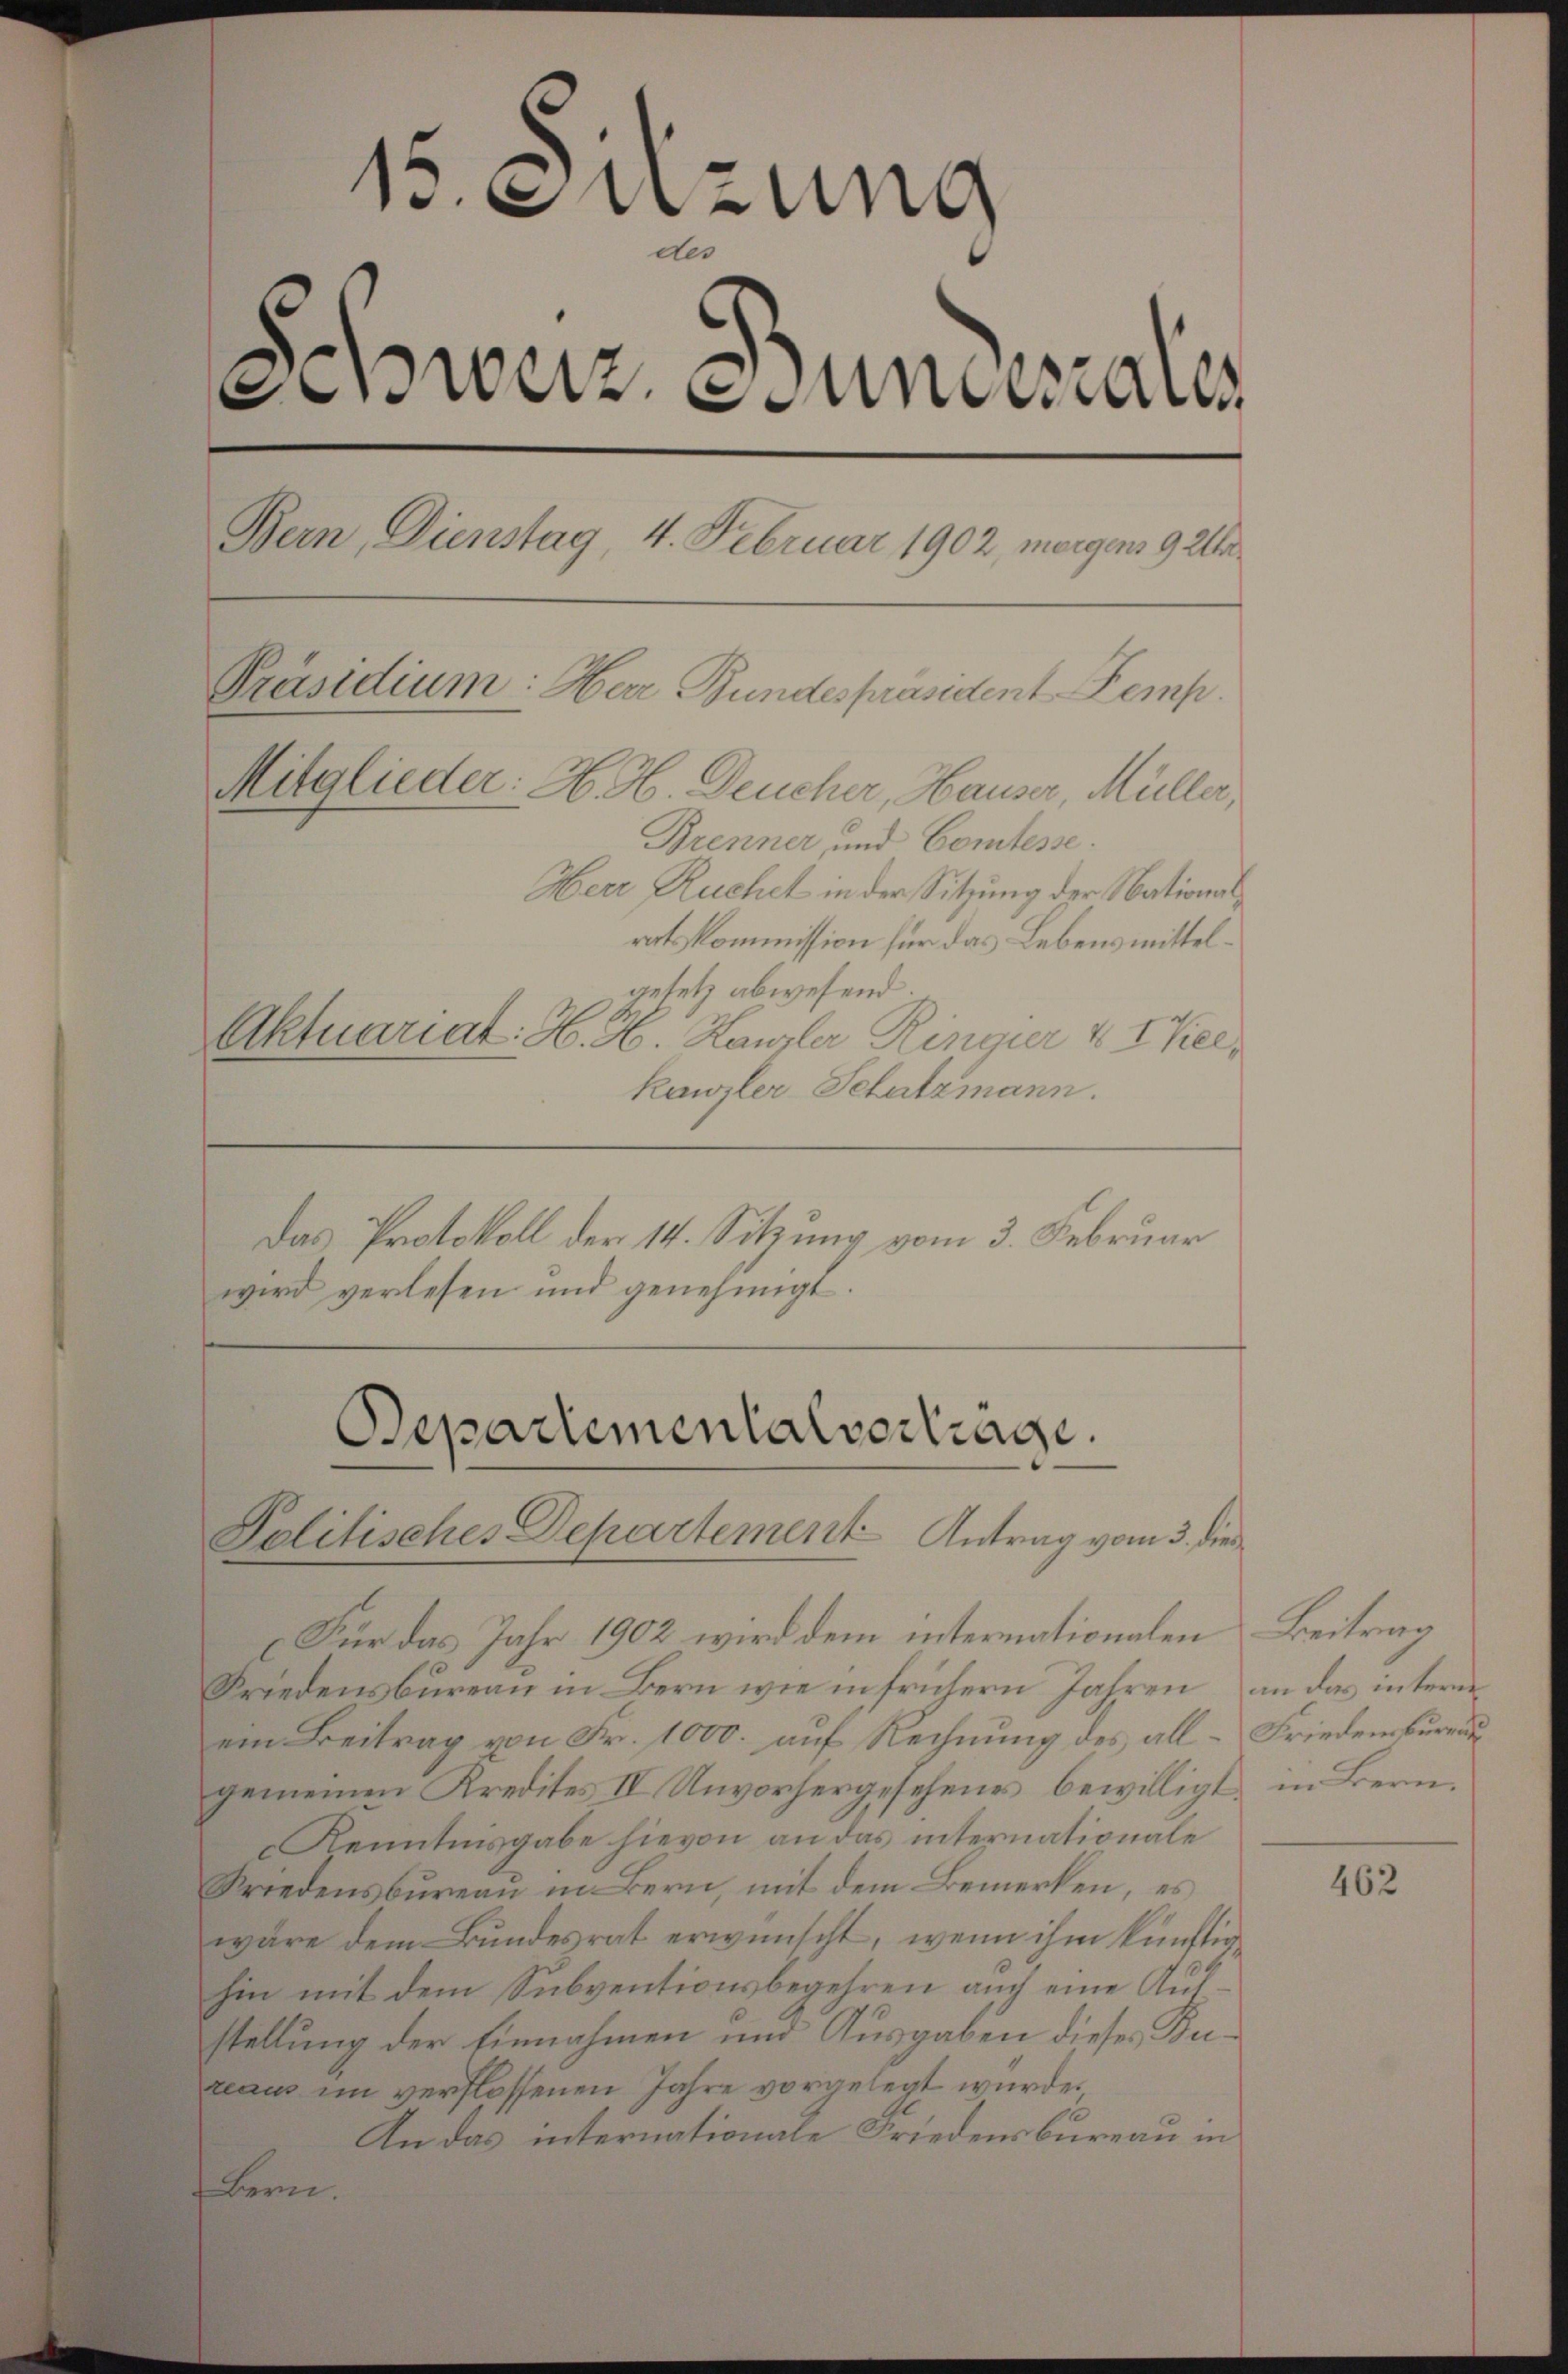
13. Suzung
des
wurzesunderaus
Bern, Dienstag, 4. Februar 1902, morgen 9 2
Präsidium: War Bundespräsident Kemp
Mitglieder: H. H. Deucher, Hauser, Müller,
Brenner, und Comtesse.
Herr Ruchet in der Sitzung der Nationalratskommission für das Lebensmittelgesetz abwesend.
Aktuariat. H. H. Kanzler Ringier v. Vicekanzler Schatzmann.

Das Protokoll der 14. Sitzung vom 3. Februar
wird verlesen und genehmigt.

Bepartementalvertrage.
Politisches Departement Antrag vom 3. die

Für das Jahr 1902 wird dem internationalen
Friedensbureau in Bern wie in frühern Jahren
ein Beitrag von Fr. 1000. auf Rechnung des all-Friedenbureau
gemeinen Kredites IV Unvorhergesehenes bewilligt.
Kenntnisgabe hievon an das intermationale
Friedensbureau in Bern, mit dem Bemerken, es
wäre dem Bundesrat erwünscht, wenn ihm künftighin mit dem Subventionsbegehren auch eine Aufstellung der Einnahmen und Ausgaben dieses Bureaus im verflossenen Jahre vorgelegt wurden,
An das internationale Friedensbureau in
Bern.

Vertrag
an das intere
in Bern.

462